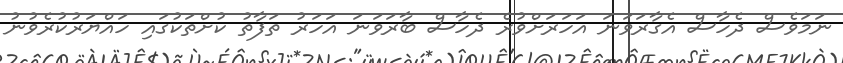
ނަމަވެސް ދެހާސް އެގާރަވަނަ އަހަރަށްވުރެ ދެހާސް ބާރަވަނަ އަހަރު ތަފާތު ކުށްތަކުގައި ހައްޔަރުކުރެވުނު